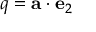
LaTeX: q = \mathbf { a } \cdot \mathbf { e } _ { 2 }